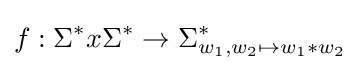
f:\Sigma ^{*}x\Sigma ^{*}\to \Sigma _{w_{1},w_{2}\mapsto {w_{1}*w_{2}}}^{*}